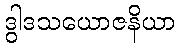
ဒွါဒသယောဇနိယာ